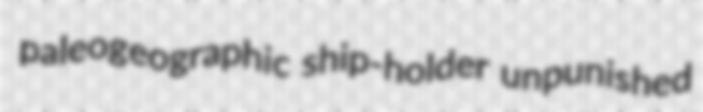
paleogeographic ship-holder unpunished